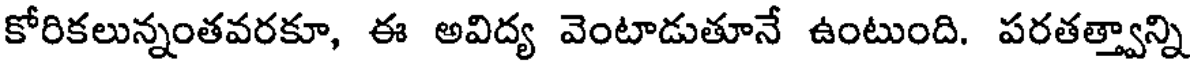
కోరికలున్నంతవరకూ, ఈ అవిద్య వెంటాడుతూనే ఉంటుంది. పరతత్త్వాన్ని